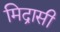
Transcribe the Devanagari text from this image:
मिद्रासी